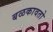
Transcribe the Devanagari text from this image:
बळकावतो